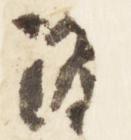
源